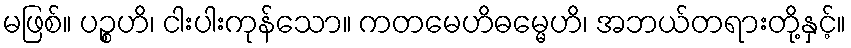
မဖြစ်။ ပဉ္စဟိ၊ ငါးပါးကုန်သော။ ကတမေဟိဓမ္မေဟိ၊ အဘယ်တရားတို့နှင့်။